Indian Civil Veterinary Department memoirs
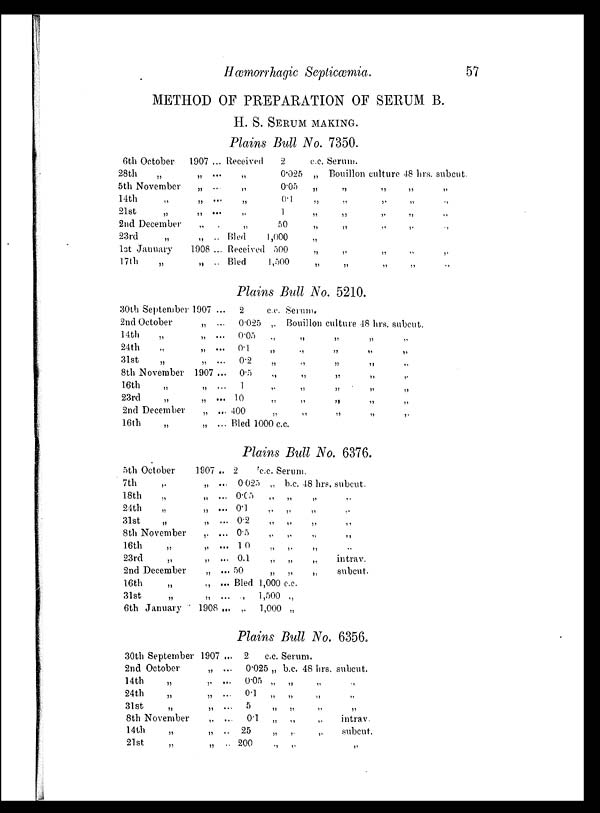
Hæmorrhagic Septicæmia.
57
METHOD OF PREPARATION OF SERUM B.
H. S. SERUM MAKING.
Plains Bull No. 7350.
6th October
28th „
5th November
14th „
21st „
2nd December
23rd
„
1st January
17th „
1907 ...
„ ...
„ ...
„ ...
„ ...
„ ...
„ ...
1908 ...
„ ...
Received
„
„
„
„
„
Bled
Received
Bled
2
0.025
0.05
0.1
1
50
1,000
500
1,500
c.c.
„
„
„
„
„
„
„
„
Serum.
Bouillon culture 48 hrs. subcut.
„ „ „ „
„
„
„
„
„ „ „ „
„ „ „ „
„
„
„
„
„
„
„
„
Plains Bull No. 5210.
30th September
2nd October
14th
„
24th „
31st
„
8th November
16th
„
23rd
„
2nd December
16th
„
1907 ...
„ ...
„ ...
„ ...
„ ...
1907 ..
„ ...
„ ...
„ ...
„ ...
2
0.025
0.05
0.1
0.2
0.5
1
10
400
c.c.
„
„
„
„
„
„
„
„
Serum.
Bouillon culture 48 hrs. subcut.
„ „ „ „
„ „ „ „
„ „ „ „
„ „ „ „
„ „ „ „
„ „ „ „
„ „ „ „
Bled 1000 c.c.
Plains Bull No. 6376.
5th October
7th „
18th
„
24th „
31st
„
8th November
16th „
23rd
„
2nd December
16th
„
31st
„
6th January
1907 ..
„ ...
„ ...
„ ...
„ ...
„ ...
„ ...
„ ...
„ ...
„ ...
„ ...
1908 ...
2
0.025
0.05
0.1
0.2
0.5
1.0
0.1
50
Bled
„
„
c.c. Serum.
„ b.c. 48 hrs. subcut.
„
„
„
„
„ „ „ „
„
„
„
„
„ „ „ „
„ „ „ „
„
„
„
intrav.
„
„
„
subcut.
1,000 c.c.
1,500 „
1,000 „
Plains Bull No. 6356.
30th September
2nd October
14th
„
24th
„
31st „
8th November
14th
„
21st
„
1907 ...
„ ...
„ ...
„ ...
„ ...
„ ...
„ ...
„ ...
2
c.c. Serum.
0.025 „ b.c. 48 hrs. subcut.
0.05
0.1
5
0.1
25
200
„
„
„
„
„ „
„ „
„ „
„ „
„
„
„
„
„
„
„
„
intrav.
subcut.
„